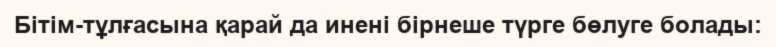
Бітім-тұлғасына қарай да инені бірнеше түрге бөлуге болады: